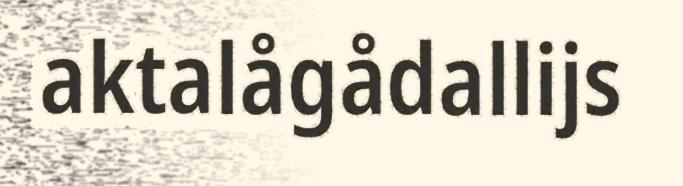
aktalågådallijs